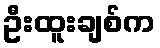
ဦးထူးချစ်က